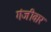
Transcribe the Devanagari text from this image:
गंजीवार